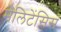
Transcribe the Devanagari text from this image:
मेलिटेंसिस